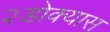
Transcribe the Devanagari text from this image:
२डोक्यास